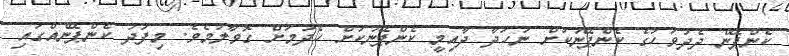
ކެންޕޭން ދެދުވަހުގެ ކެންޕޭނަކަށް ނަހަދާ ދާއިމީ ކެންޕޭނަކަށް ހެދުމަށް ގޮވާލަމެވެ. މިފަދަ ކެންޕޭނެއްގައި